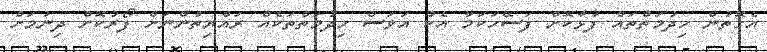
އެގޮތުން ހިދުމަތްތައް ފުޅާކޮށް ފަސޭހަކަމާ އެކު އަވަސް ހިދުމަތްތަކެއް ރައްޔިތުންނަށް ފޯރުކޮށް ދިނުމަށް